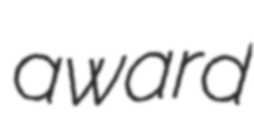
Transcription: award